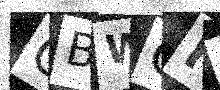
Text: GBWQF7